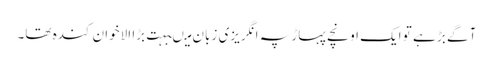
آگے بڑ ہے تو ایک اونچے پہاڑ پہ انگریزی زبان میںبہت بڑا الاخوان کندہ تھا۔